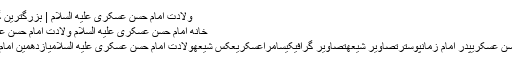
ولادت امام حسن عسکری علیه السلام | بزرگترین گالری عکس شیعه
خانه امام حسن عسکری علیه السلام ولادت امام حسن عسکری علیه السلام
برچسب‌ها: امام حسن عسکریپدر امام زمانپوسترتصاویر شیعهتصاویر گرافیکیسامراعسکریعکس شیعهولادت امام حسن عسکری علیه السلامیازدهمین امام شیعیان اثناعشری